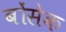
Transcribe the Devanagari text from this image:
बोंसेक